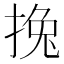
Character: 𢯂